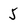
Character: 5